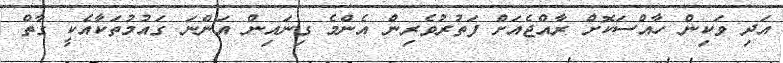
އަދި ވަކިން ހާއްސަކޮށް ރާއްޖެއަށް ފަތުރުވެރިން އެންމެ ގިނައިން އަންނަ ގައުމުތަކާއެކީ ގާތް